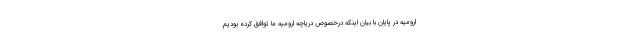
ارومیه در پایان با بیان اینکه درخصوص دریاچه ارومیه ما توافق کرده بودیم